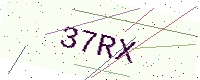
Text: 37RX